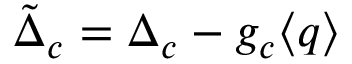
\tilde { \Delta } _ { c } = \Delta _ { c } - g _ { c } \langle q \rangle